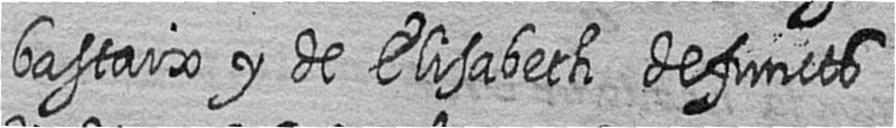
bastaix y de Elisabeth defuncts